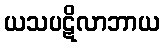
ယသပဋိလာဘာယ